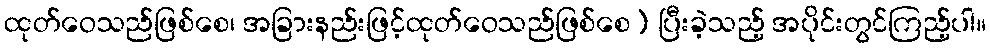
ထုတ်ဝေသည်ဖြစ်စေ၊ အခြားနည်းဖြင့်ထုတ်ဝေသည်ဖြစ်စေ) ပြီးခဲ့သည့် အပိုင်းတွင်ကြည့်ပါ။